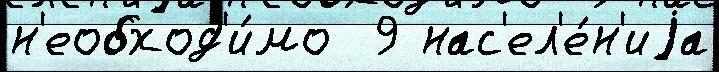
н'еобход'и́мо  9 нас'ел'е́н'иjа